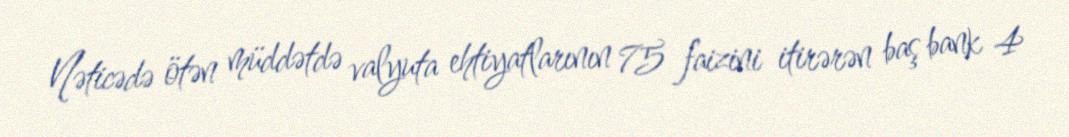
Nəticədə ötən müddətdə valyuta ehtiyatlarının 75 faizini itirərən baş bank 4